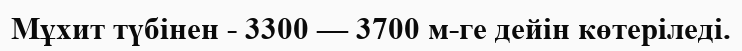
Мұхит түбінен - 3300 — 3700 м-ге дейін көтеріледі.